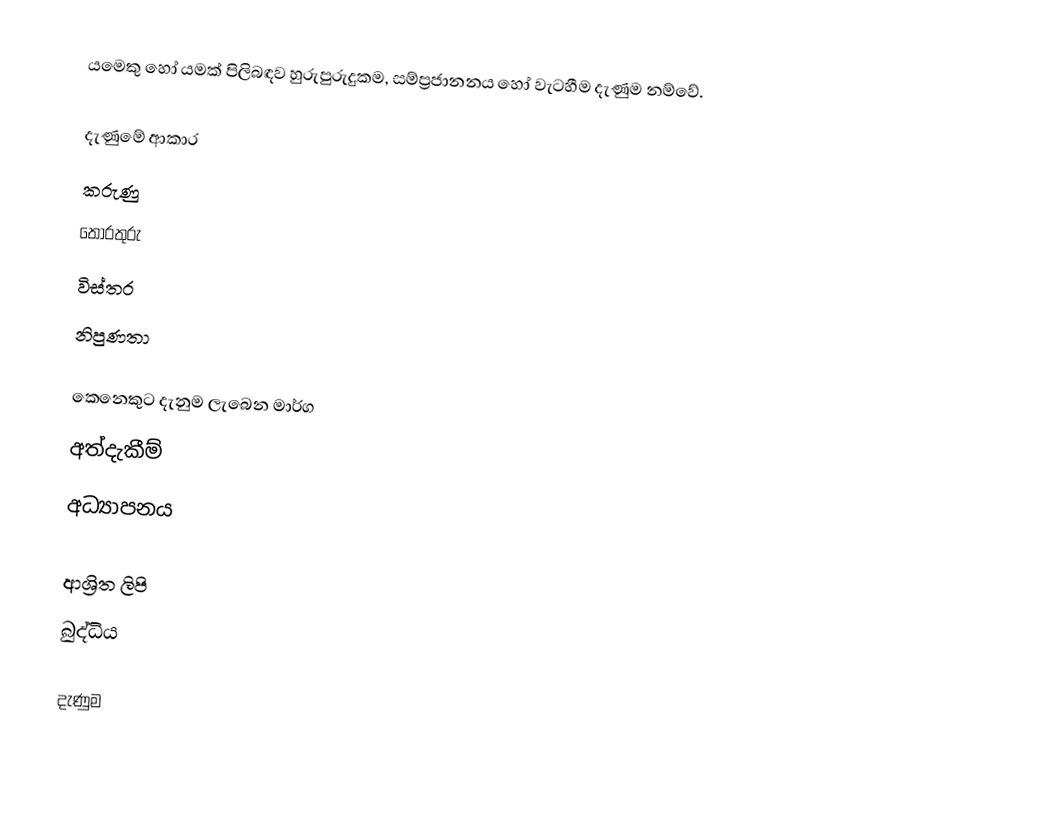
යමෙකු හෝ යමක් පිලිබඳව හුරුපුරුදුකම, සම්ප්‍රජානනය හෝ වැටහීම දැණුම නම්වේ.

දැණුමේ ආකාර
 කරුණු
 තොරතුරු
 විස්තර
 නිපුණතා

කෙනෙකුට දැනුම ලැබෙන මාර්ග
 අත්දැකීම්
 අධ්‍යාපනය

ආශ්‍රිත ලිපි
 බුද්ධිය

දැණුම